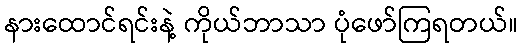
နားထောင်ရင်းနဲ့ ကိုယ်ဘာသာ ပုံဖော်ကြရတယ်။